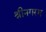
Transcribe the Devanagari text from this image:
श्रीनगरम